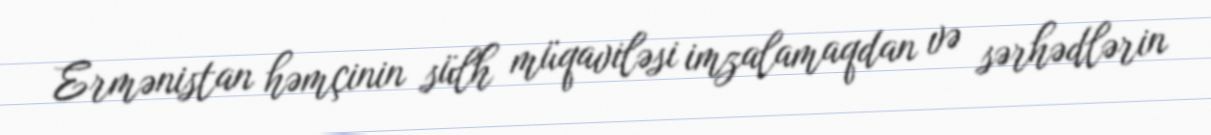
Ermənistan həmçinin sülh müqaviləsi imzalamaqdan və sərhədlərin